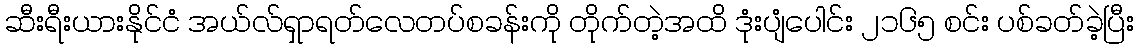
ဆီးရီးယားနိုင်ငံ အယ်လ်ရှာရတ်လေတပ်စခန်းကို တိုက်တဲ့အထိ ဒုံးပျံပေါင်း ၂၁၆၅ စင်း ပစ်ခတ်ခဲ့ပြီး